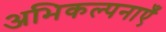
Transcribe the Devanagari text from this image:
अभिकल्पनाएँ